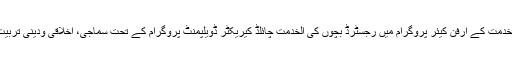
اس سلسلے میں الخدمت کے آرفن کیئر پروگرام میں رجسٹرڈ بچوں کی الخدمت چائلڈ کیریکٹر ڈویلپمنٹ پروگرام کے تحت سماجی، اخلاقی ودینی تربیت کی جارہی ہے۔